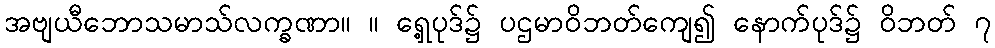
အဗျယီဘောသမာသ်လက္ခဏာ။ ။ ရှေ့ပုဒ်၌ ပဌမာဝိဘတ်ကျေ၍ နောက်ပုဒ်၌ ဝိဘတ် ၇